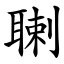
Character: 䏀